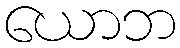
ယောဘ